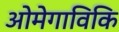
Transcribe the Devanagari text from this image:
ओमेगाविकि